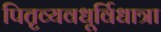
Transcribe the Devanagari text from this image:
पितृव्यवधूर्विधात्रा